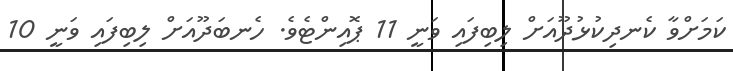
ކަމަށްވާ ކެނދިކުޅުދޫއަށް ލިބިފައި ވަނީ 11 ޕޮއިންޓެވެ. ހެނބަދޫއަށް ލިބިފައި ވަނީ 10